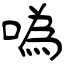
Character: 噅